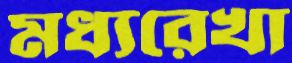
মধ্যরেখা